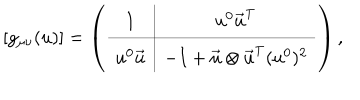
\left[ g _ { \mu \nu } ( u ) \right] = \left( \begin{array} { c | c } { { 1 } } & { { u ^ { 0 } \vec { u } ^ { \mathrm { T } } } } \\ \hline { { u ^ { 0 } \vec { u } } } & { { - I + \vec { u } \otimes \vec { u } ^ { \mathrm { T } } ( u ^ { 0 } ) ^ { 2 } } } \\ \end{array} \right) ,